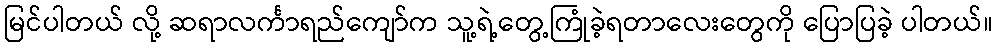
မြင်ပါတယ် လို့ ဆရာလင်္ကာရည်ကျော်က သူ့ရဲ့တွေ့ကြုံခဲ့ရတာလေးတွေကို ပြောပြခဲ့ ပါတယ်။